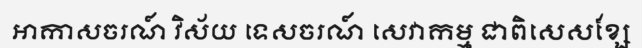
អាកាសចរណ៍ វិស័យ ទេសចរណ៍ សេវាកម្ម ជាពិសេសខ្សែ